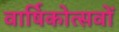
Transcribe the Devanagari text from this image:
वार्षिकोत्सवों